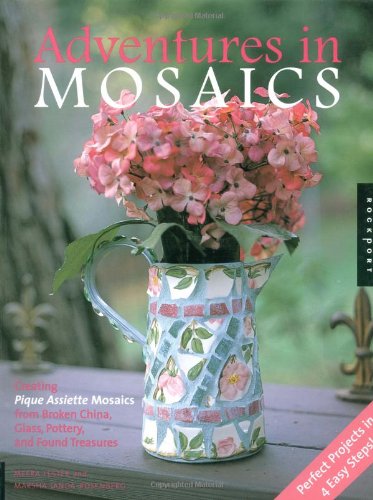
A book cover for Adventures in Mosaics: Creating Pique Assiette Mosaics from Broken China, Glass, Pottery, and Found Treasures; Meera Lester; Crafts, Hobbies & Home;